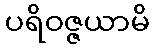
ပရိဝဇ္ဇယာမိ